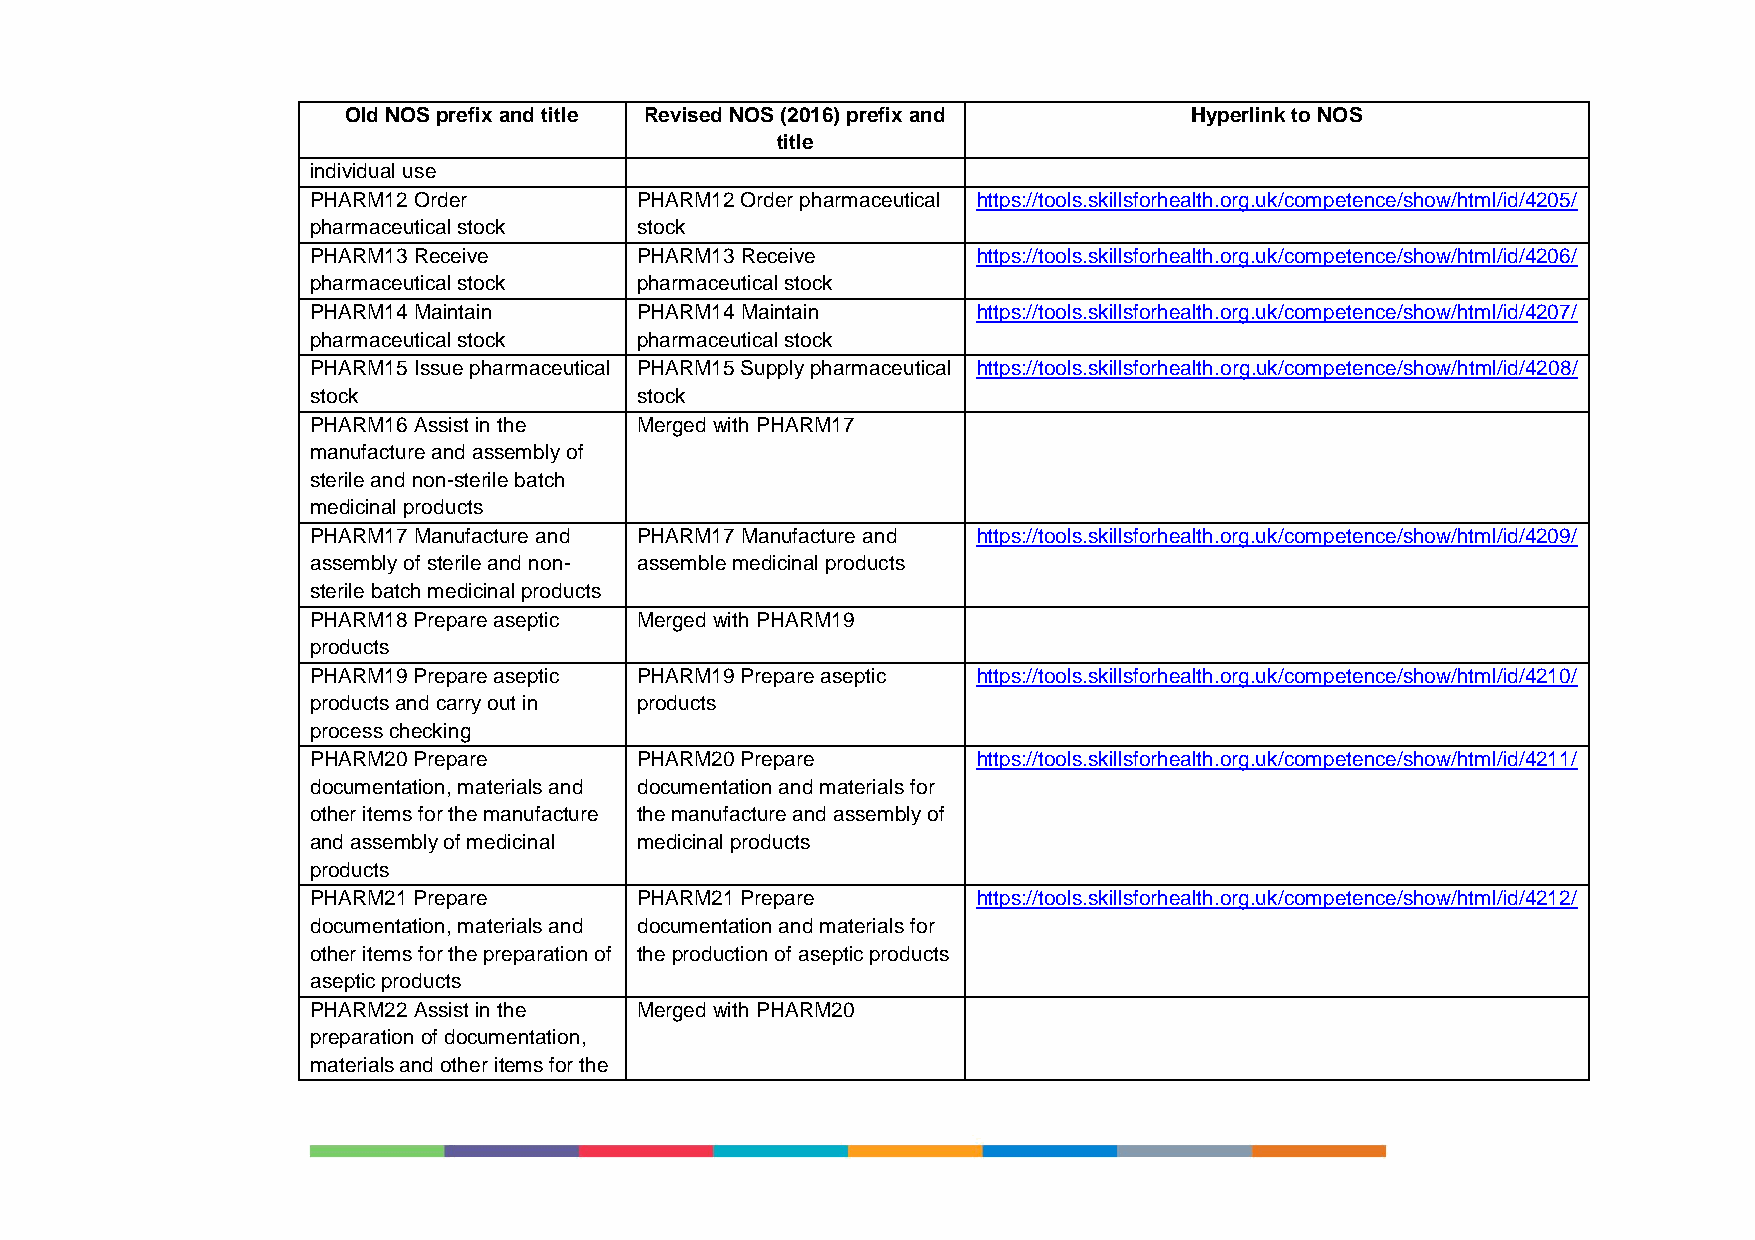
Old NOS prefix and title Revised NOS (2016) prefix and  Hyperlink to NOS
 title
 individual use
 PHARM12 Order        PHARM12 Order pharmaceutical https://tools.skillsforhealth.org.uk/competence/show/html/id/4205/
 pharmaceutical stock stock
 PHARM13 Receive      PHARM13 Receive        https://tools.skillsforhealth.org.uk/competence/show/html/id/4206/
 pharmaceutical stock pharmaceutical stock
 PHARM14 Maintain     PHARM14 Maintain       https://tools.skillsforhealth.org.uk/competence/show/html/id/4207/
 pharmaceutical stock pharmaceutical stock
 PHARM15 Issue pharmaceutical PHARM15 Supply pharmaceutical https://tools.skillsforhealth.org.uk/competence/show/html/id/4208/
 stock                stock
 PHARM16 Assist in the Merged with PHARM17
 manufacture and assembly of
 sterile and non-sterile batch
 medicinal products
 PHARM17 Manufacture and PHARM17 Manufacture and https://tools.skillsforhealth.org.uk/competence/show/html/id/4209/
 assembly of sterile and non- assemble medicinal products
 sterile batch medicinal products
 PHARM18 Prepare aseptic Merged with PHARM19
 products
 PHARM19 Prepare aseptic PHARM19 Prepare aseptic https://tools.skillsforhealth.org.uk/competence/show/html/id/4210/
 products and carry out in products
 process checking
 PHARM20 Prepare      PHARM20 Prepare        https://tools.skillsforhealth.org.uk/competence/show/html/id/4211/
 documentation, materials and documentation and materials for
 other items for the manufacture the manufacture and assembly of
 and assembly of medicinal medicinal products
 products
 PHARM21 Prepare      PHARM21 Prepare        https://tools.skillsforhealth.org.uk/competence/show/html/id/4212/
 documentation, materials and documentation and materials for
 other items for the preparation of the production of aseptic products
 aseptic products
 PHARM22 Assist in the Merged with PHARM20
 preparation of documentation,
 materials and other items for the